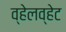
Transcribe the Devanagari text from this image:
व्हेलव्हेट